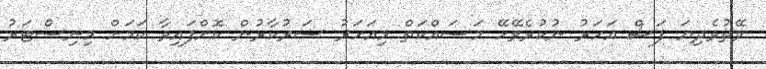
ވޭތުވެދިޔަ ފަސް އަހަރު ނުކުރެވޭހޭ މަސައްކަތް މިއަހަރު ސަރުކާރުން ކޮށްފައިވާ ކަމަށް މިނިސްޓަރު